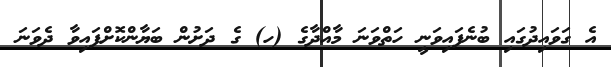
އެ ގަވައިދުގައި ބުނެފައިވަނީ ހަތްވަނަ މާއްދާގެ (ހ) ގެ ދަށުން ބަޔާންކޮށްފައިވާ ދެވަނަ